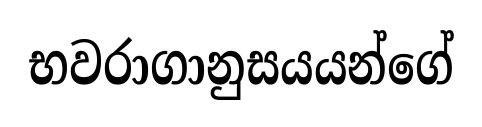
භවරාගානුසයයන්ගේ